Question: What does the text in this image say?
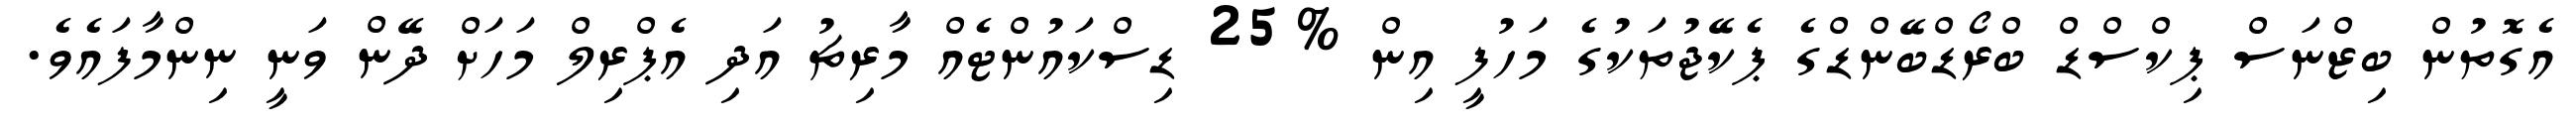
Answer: އެގޮތުން ބިޒްނަސް ޕިކްސްޑް ބްރޯޑްބޭންޑްގެ ޕެކޭޖުތަކުގެ މަހުފީ އިން %25 ޑިސްކައުންޓެއް މާރިޗު އަދި އެޕްރިލް މަހަށް ދޭން ވަނީ ނިންމާފައެވެ.